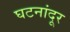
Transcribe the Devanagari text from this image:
घटनांदूर